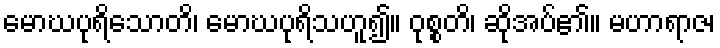
မောဃပုရိသောတိ၊ မောဃပုရိသဟူ၍။ ဝုစ္စတိ၊ ဆိုအပ်၏။ မဟာရာဇ၊